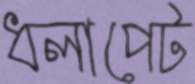
ধলাপেট